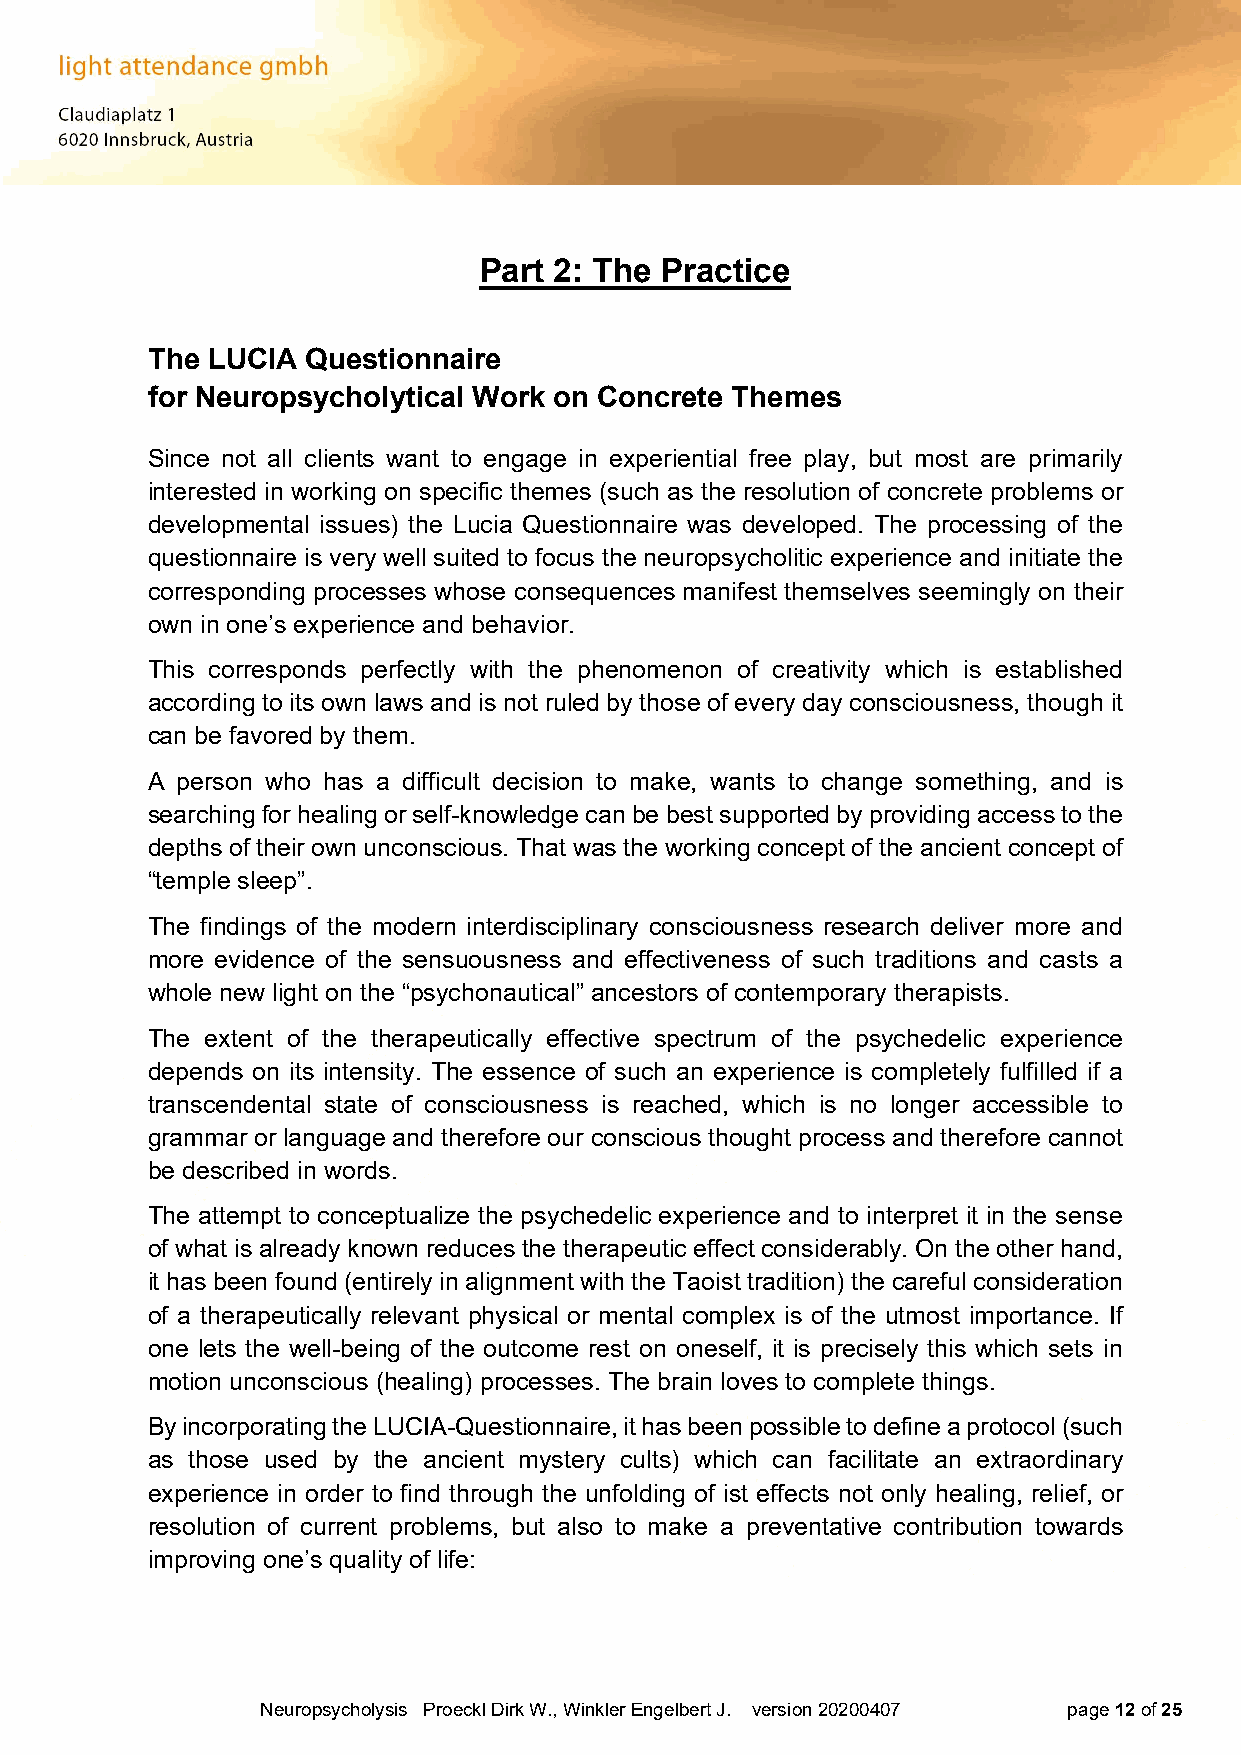
Part 2: The Practice
 The LUCIA Questionnaire
 for Neuropsycholytical Work on Concrete Themes
 Since not all clients want to engage in experiential free play, but most are primarily
 interested in working on specific themes (such as the resolution of concrete problems or
 developmental issues) the Lucia Questionnaire was developed. The processing of the
 questionnaire is very well suited to focus the neuropsycholitic experience and initiate the
 corresponding processes whose consequences manifest themselves seemingly on their
 own in one’s experience and behavior.
 This corresponds perfectly with the phenomenon of creativity which is established
 according to its own laws and is not ruled by those of every day consciousness, though it
 can be favored by them.
 A person who has a difficult decision to make, wants to change something, and is
 searching for healing or self-knowledge can be best supported by providing access to the
 depths of their own unconscious. That was the working concept of the ancient concept of
 “temple sleep”.
 The findings of the modern interdisciplinary consciousness research deliver more and
 more evidence of the sensuousness and effectiveness of such traditions and casts a
 whole new light on the “psychonautical” ancestors of contemporary therapists.
 The extent of the therapeutically effective spectrum of the psychedelic experience
 depends on its intensity. The essence of such an experience is completely fulfilled if a
 transcendental state of consciousness is reached, which is no longer accessible to
 grammar or language and therefore our conscious thought process and therefore cannot
 be described in words.
 The attempt to conceptualize the psychedelic experience and to interpret it in the sense
 of what is already known reduces the therapeutic effect considerably. On the other hand,
 it has been found (entirely in alignment with the Taoist tradition) the careful consideration
 of a therapeutically relevant physical or mental complex is of the utmost importance. If
 one lets the well-being of the outcome rest on oneself, it is precisely this which sets in
 motion unconscious (healing) processes. The brain loves to complete things.
 By incorporating the LUCIA-Questionnaire, it has been possible to define a protocol (such
 as those used by the ancient mystery cults) which can facilitate an extraordinary
 experience in order to find through the unfolding of ist effects not only healing, relief, or
 resolution of current problems, but also to make a preventative contribution towards
 improving one’s quality of life:
 Neuropsycholysis Proeckl Dirk W., Winkler Engelbert J. version 20200407 page 12 of 25